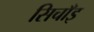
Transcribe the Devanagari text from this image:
सिचाँइ